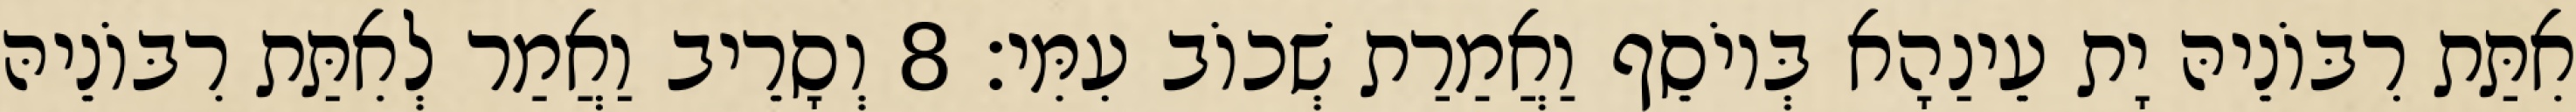
אִתַּת רִבּוֹנֵיהּ יָת עֵינַהָא בְּיוֹסֵף וַאֲמַרַת שְׁכוֹב עִמִּי׃ 8 וְסָרֵיב וַאֲמַר לְאִתַּת רִבּוֹנֵיהּ